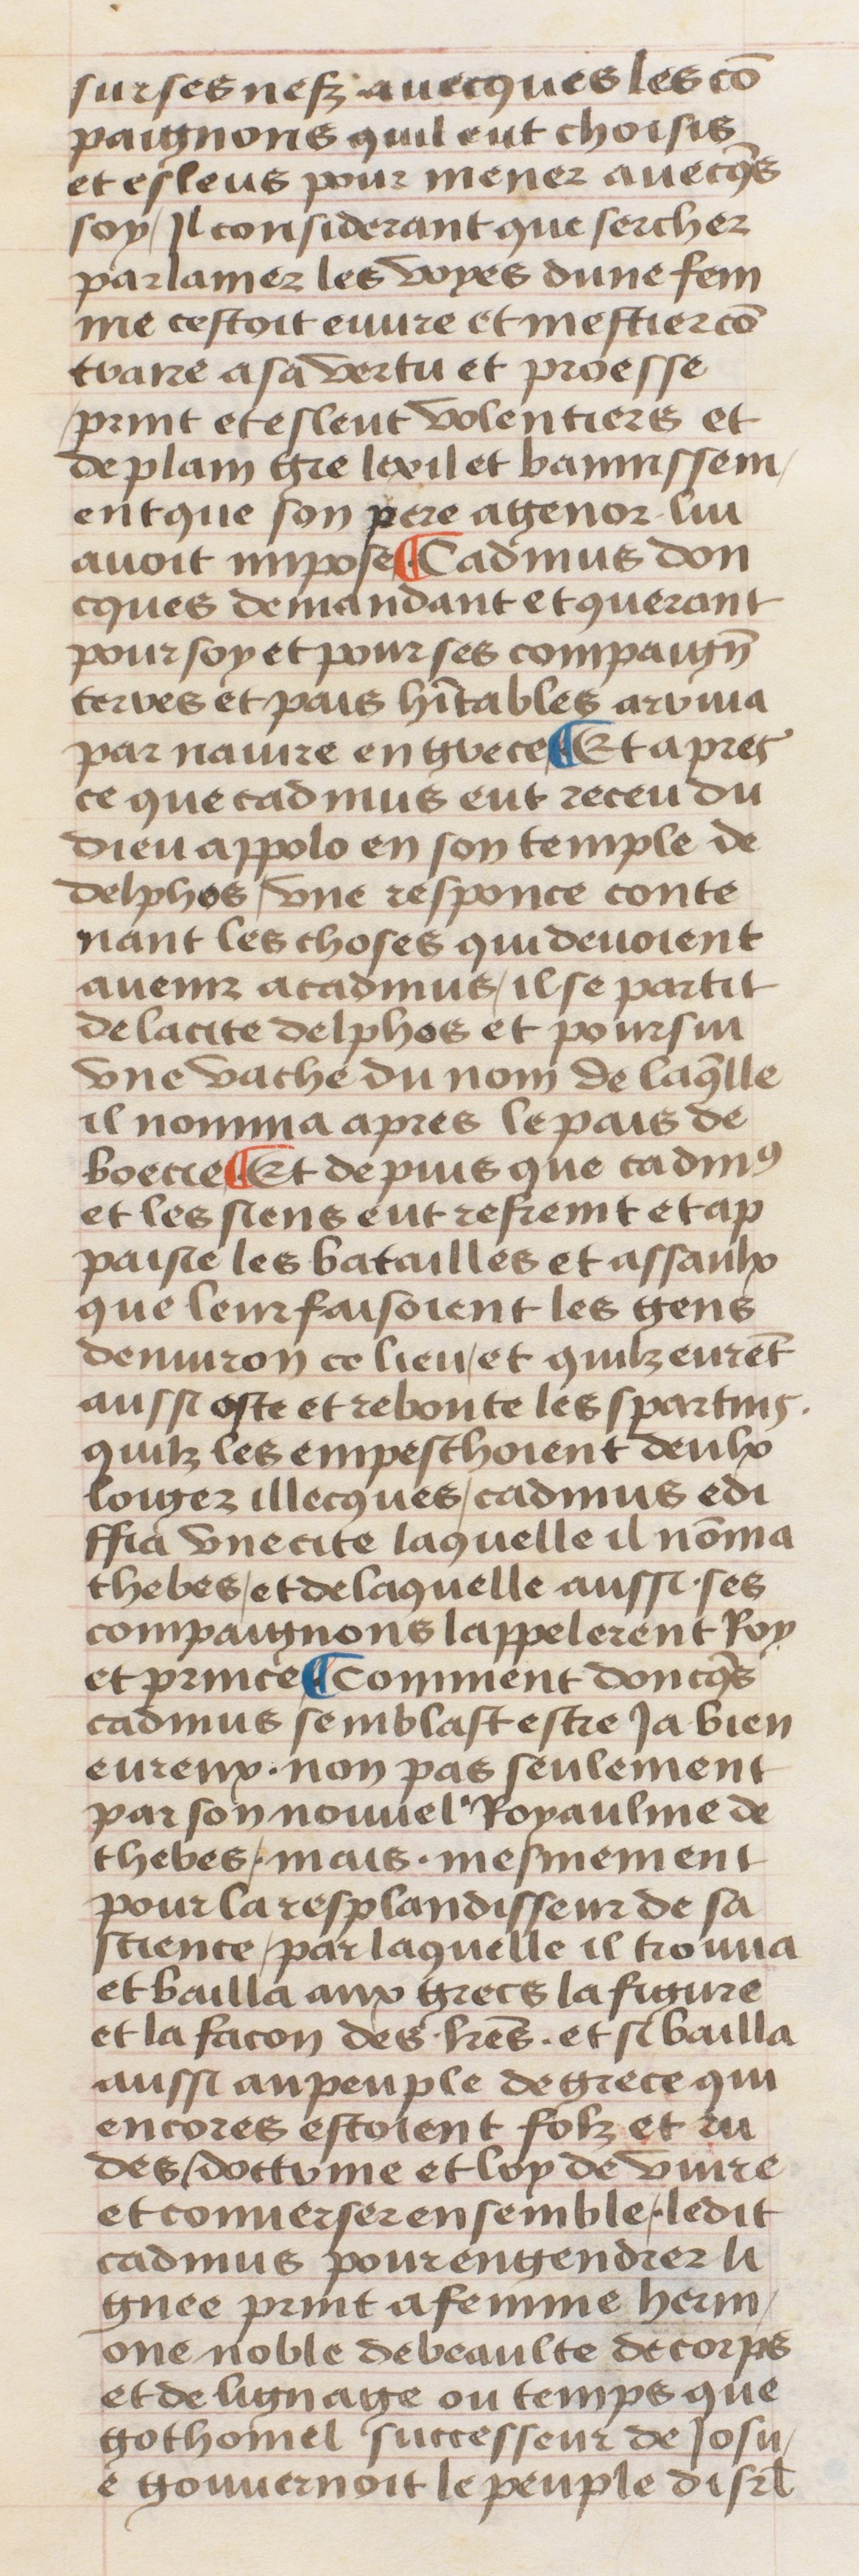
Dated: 1400–1499